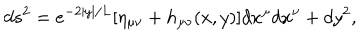
LaTeX: d s ^ { 2 } = e ^ { - 2 | y | / L } [ \eta _ { \mu \nu } + h _ { \mu \nu } ( x , y ) ] d x ^ { \mu } d x ^ { \nu } + d y ^ { 2 } ,